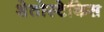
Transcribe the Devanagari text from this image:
शेतोस्टेकिस